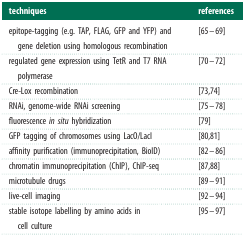
| techniques | references |
 | --- | --- |
 | epitope-tagging (e.g. TAP, FLAG, GFP and YFP) and gene deletion using homologous recombination | [65–69] |
 | regulated gene expression using TetR and T7 RNA polymerase | [70–72] |
 | Cre-Lox recombination | [73,74] |
 | RNAi, genome-wide RNAi screening | [75–78] |
 | fluorescence in situ hybridization | [79] |
 | GFP tagging of chromosomes using LacO/LacI | [80,81] |
 | affinity purification (immunoprecipitation, BioID) | [82–86] |
 | chromatin immunoprecipitation (ChIP), ChIP-seq | [87,88] |
 | microtubule drugs | [89–91] |
 | live-cell imaging | [92–94] |
 | stable isotope labelling by amino acids in cell culture | [95–97] |